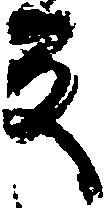
反